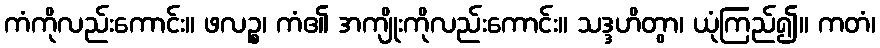
ကံကိုလည်းကောင်း။ ဖလဉ္စ၊ ကံ၏ အကျိုးကိုလည်းကောင်း။ သဒ္ဒဟိတွာ၊ ယုံကြည်၍။ ကတံ၊